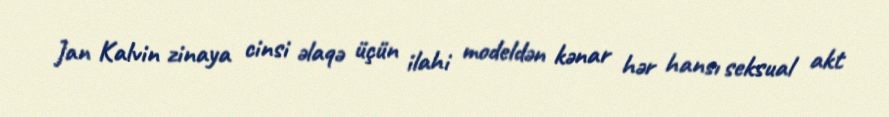
Jan Kalvin zinaya cinsi əlaqə üçün ilahi modeldən kənar hər hansı seksual akt